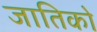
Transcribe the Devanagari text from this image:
जातिको